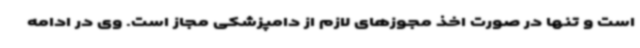
است و تنها در صورت اخذ مجوزهای لازم از دامپزشکی مجاز است. وی در ادامه